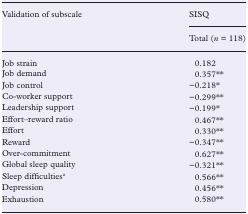
<table><thead><tr><td><b>Validation of subscale</b></td><td><b>SISQ</b></td></tr><tr><td></td><td><b>Total (<i>n</i> = 118)</b></td></tr></thead><tbody><tr><td>Job strain</td><td>0.182</td></tr><tr><td>Job demand</td><td>0.357**</td></tr><tr><td>Job control</td><td>−0.218*</td></tr><tr><td>Co-worker support</td><td>−0.299**</td></tr><tr><td>Leadership support</td><td>−0.199*</td></tr><tr><td>Effort–reward ratio</td><td>0.467**</td></tr><tr><td>Effort</td><td>0.330**</td></tr><tr><td>Reward</td><td>−0.347**</td></tr><tr><td>Over-commitment</td><td>0.627**</td></tr><tr><td>Global sleep quality</td><td>−0.321**</td></tr><tr><td>Sleep difficulties<sup>a</sup></td><td>0.566**</td></tr><tr><td>Depression</td><td>0.456**</td></tr><tr><td>Exhaustion</td><td>0.580**</td></tr></tbody></table>